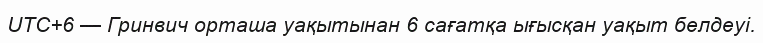
UTC+6 — Гринвич орташа уақытынан 6 сағатқа ығысқан уақыт белдеуі.